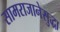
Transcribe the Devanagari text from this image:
सामराजानेसुद्धा